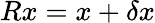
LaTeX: Rx=x+\delta x